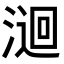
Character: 𭱫